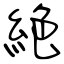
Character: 絶